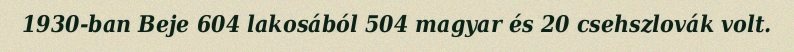
1930-ban Beje 604 lakosából 504 magyar és 20 csehszlovák volt.